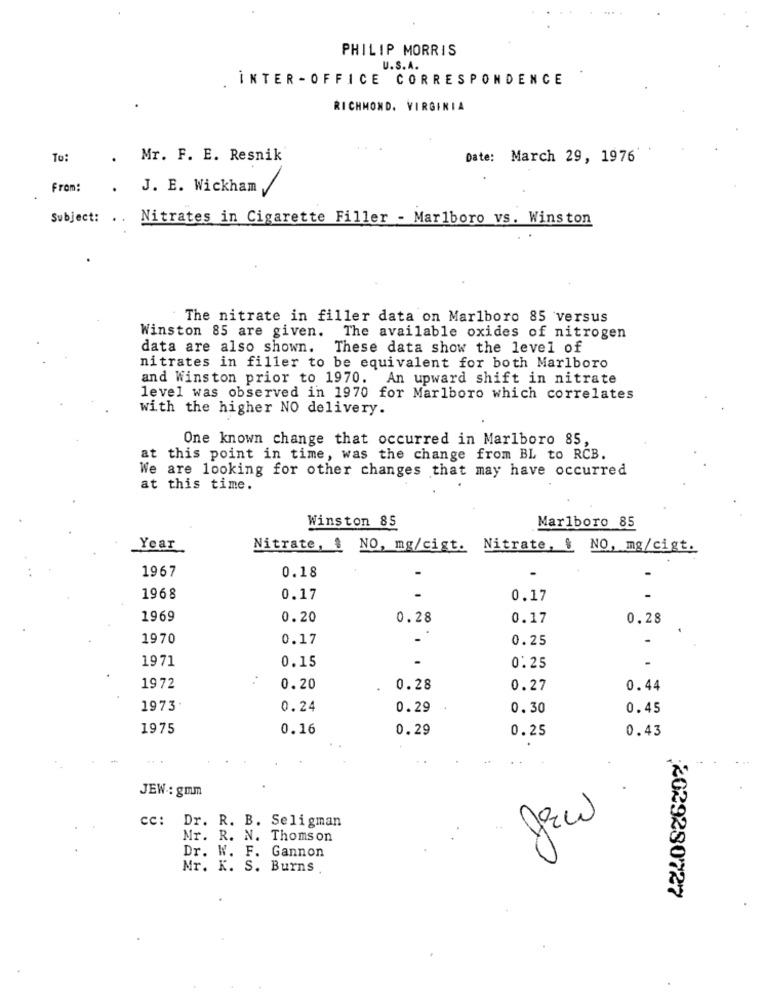
PHILIP MORRIS
U.S.A.
. INTER - OFFICE CORRESPONDENCE
RICHMOND, VIRGINIA
To:
.
Mr. F. E. Resnik
Date: March 29, 1976
From:
.
J. E. Wickham
Subject: . .
Nitrates in Cigarette Filler - Marlboro vs. Winston
The nitrate in filler data on Marlboro 85 versus
Winston 85 are given. The available oxides of nitrogen
data are also shown. These data show the level of
nitrates in filler to be equivalent for both Marlboro
and Winston prior to 1970. An upward shift in nitrate
level was observed in 1970 for Marlboro which correlates
with the higher NO delivery.
One known change that occurred in Marlboro 85,
at this point in time, was the change from BL to RCB.
We are looking for other changes that may have occurred
at this time.
Winston 85
Marlboro 85
Year
Nitrate, { NO, mg/cigt. Nitrate, & NO, mg/cigt.
1967
0.18
1968
0.17
0.17
1969
0.20
0.28
0.17
0.28
1970
0.17
0.25
-
1971
0.15
0.25
.
1972
0.20
0.28
0.27
0.44
1973.
0.24
0.29
0.30
0.45
1975
0.16
0.29
0.25
0.43
JEW .: gmm
cc: Dr. R. B. Seligman
Mr. R. N. Thomson
Dr. W. F. Gannon
Mr. K. S. Burns
2029280727